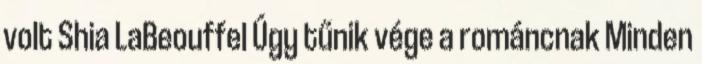
volt Shia LaBeouffel Úgy tűnik vége a románcnak Minden